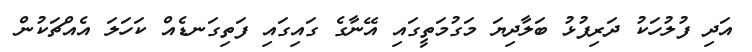
އަދި ފުލުހަކު ދަރިފުޅު ބަލާދިޔަ މަގުމަތީގައި އޭނާގެ ގައިގައި ފަތިގަނޑެއް ކަހަލަ އެއްޗަކުން